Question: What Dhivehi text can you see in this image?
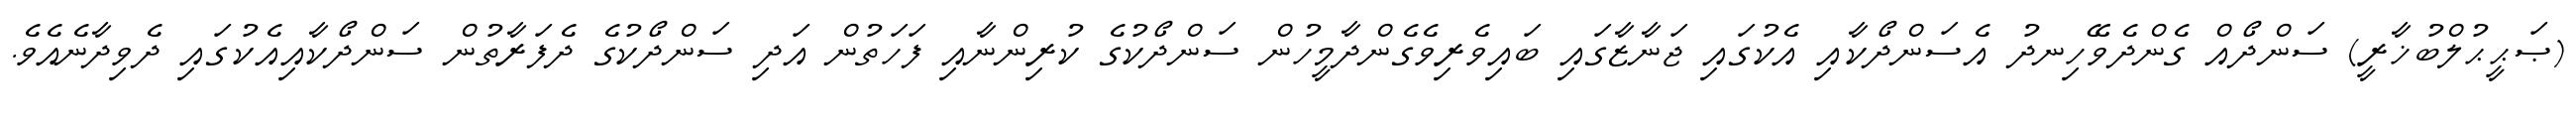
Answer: (ޞަޙީޙުލްބުޚާރީ) ސަންދޯއް ގެންދެވޭހިނދު އެސަންދޯކާއި އެކުގައި ޖަނާޒާގައި ބައިވެރިވެގެންދާމީހުން ސަންދޯކުގެ ކުރިންނާއި ފަހަތުން އަދި ސަންދޯކުގެ ދެފަރާތުން ސަންދޯކާއިއެކުގައި ދެވިދާނެއެވެ.